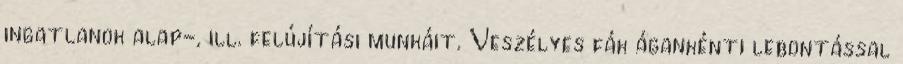
ingatlanok alap-, ill. felújítási munkáit. Veszélyes fák ágankénti lebontással